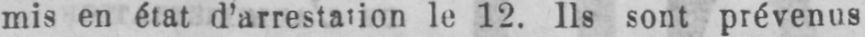
mis en état d’arrestation le 12. Ils sont prévenus